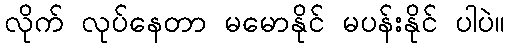
လိုက် လုပ်နေတာ မမောနိုင် မပန်းနိုင် ပါပဲ။